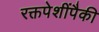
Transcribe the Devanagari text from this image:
रक्तपेशींपैकी